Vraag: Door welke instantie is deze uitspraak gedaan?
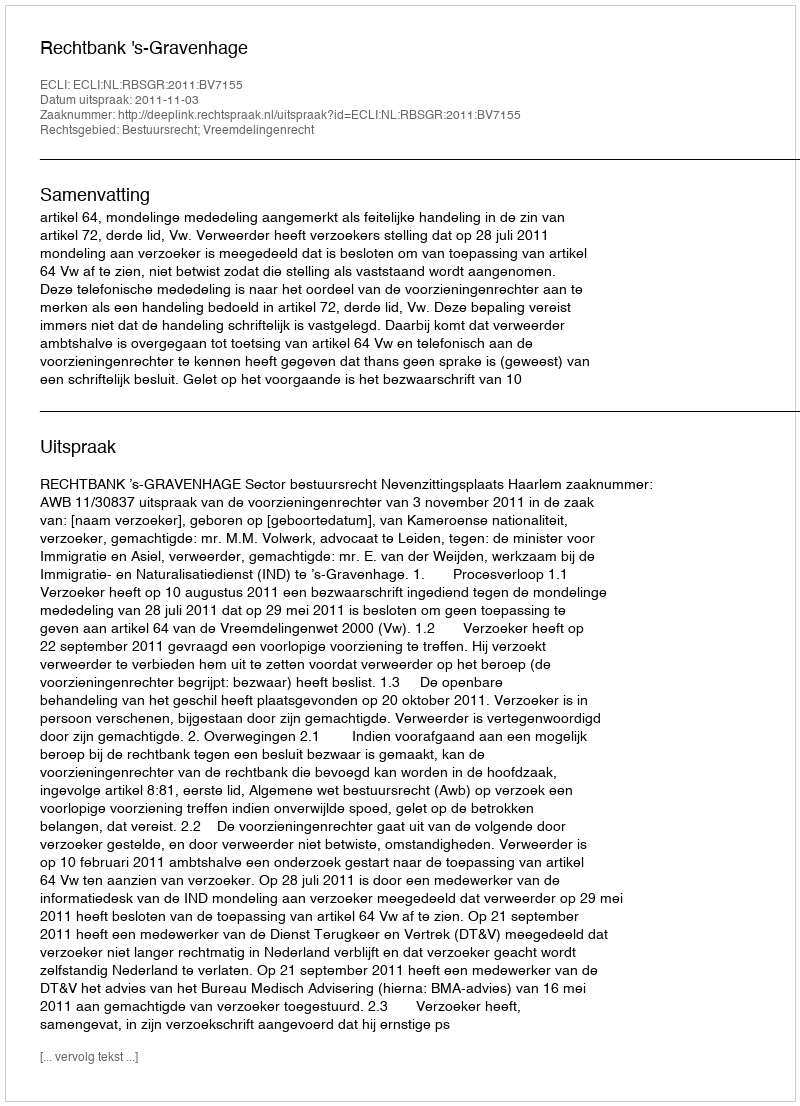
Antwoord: Rechtbank 's-Gravenhage